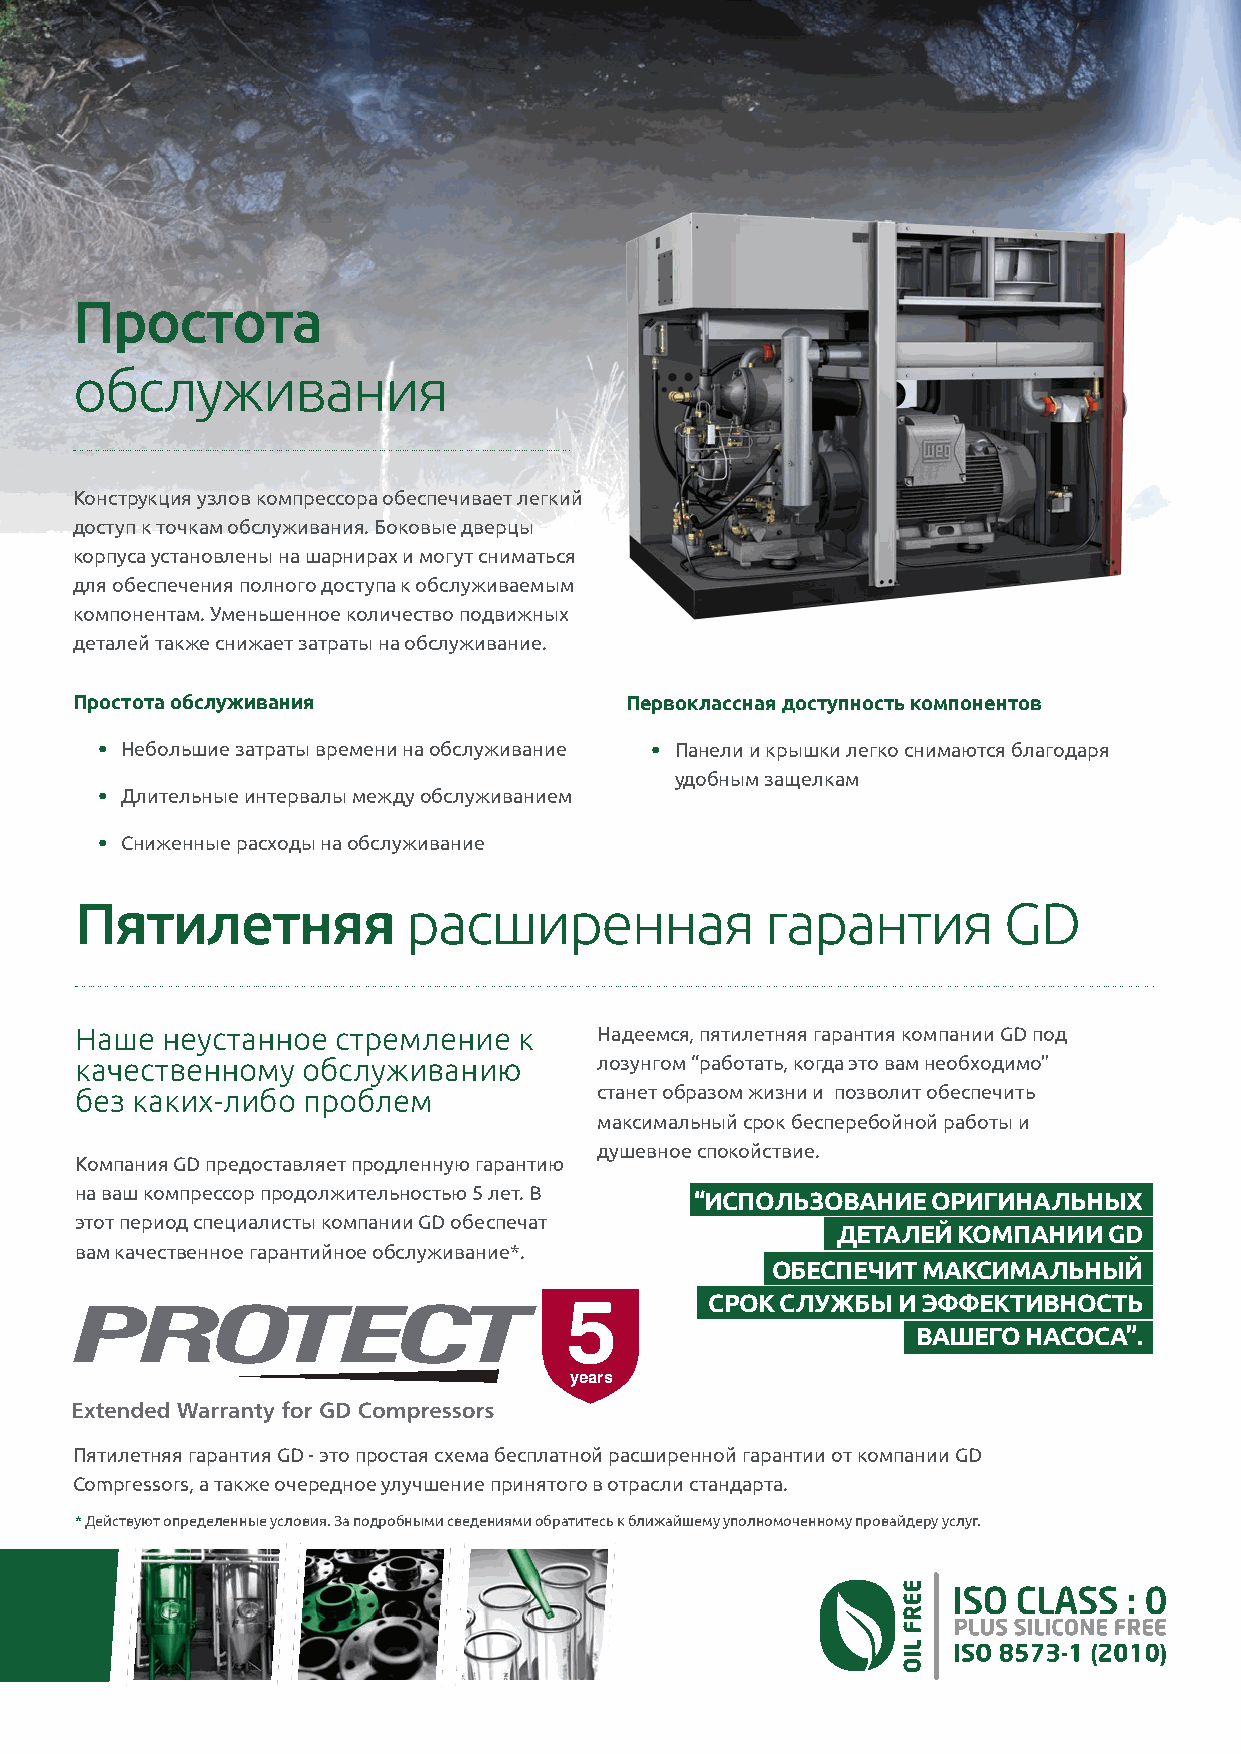
Простота
 обслуживания
 Конструкция узлов компрессора обеспечивает легкий
 доступ к точкам обслуживания. Боковые дверцы
 корпуса установлены на шарнирах и могут сниматься
 для обеспечения полного доступа к обслуживаемым
 компонентам. Уменьшенное количество подвижных
 деталей также снижает затраты на обслуживание.
 Простота обслуживания               Первоклассная доступность компонентов
 •  Небольшие затраты времени на обслуживание • Панели и крышки легко снимаются благодаря
 удобным защелкам
 •  Длительные интервалы между обслуживанием
 •  Сниженные расходы на обслуживание
 Пятилетняя            расширенная             гарантия       GD
 Наше  неустанное стремление  к     Надеемся, пятилетняя гарантия компании GD под
 качественному  обслуживанию        лозунгом “работать, когда это вам необходимо”
 без каких-либо проблем             станет образом жизни и позволит обеспечить
 максимальный срок бесперебойной работы и
 душевное спокойствие.
 Компания GD предоставляет продленную гарантию
 на ваш компрессор продолжительностью 5 лет. В “ИСПОЛЬЗОВАНИЕ ОРИГИНАЛЬНЫХ
 этот период специалисты компании GD обеспечат
 ДЕТАЛЕЙ КОМПАНИИ  GD
 вам качественное гарантийное обслуживание*.
 ОБЕСПЕЧИТ МАКСИМАЛЬНЫЙ
 5         СРОК СЛУЖБЫ И ЭФФЕКТИВНОСТЬ
 ВАШЕГО НАСОСА”.
 years
 Пятилетняя гарантия GD - это простая схема бесплатной расширенной гарантии от компании GD
 Compressors, а также очередное улучшение принятого в отрасли стандарта.
 * Действуют определенные условия. За подробными сведениями обратитесь к ближайшему уполномоченному провайдеру услуг.